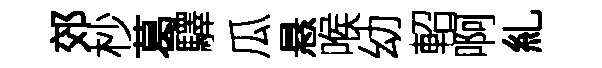
郊杪葛驛瓜悬喉幼軺啊糺